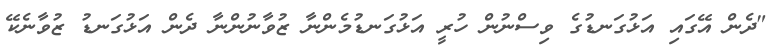
"ދެން އޭގައި އަޅުގަނޑުގެ ވިސްނުން ހުރީ އަޅުގަނޑުމެންނާ ޒުވާނުންނާ ދެން އަޅުގަނޑު ޒުވާނެކޭ